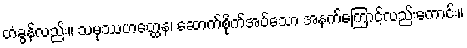
တံခွန်လည်း။ သမုဿဟတ္ထေန၊ ဆောက်စိုက်အပ်သော အနက်ကြောင့်လည်းကောင်း။